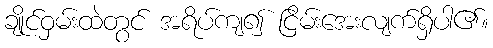
ချိုင်ဝှမ်းထဲတွင် အရိပ်ကျ၍ ငြိမ်းအေးလျက်ရှိပါ၏။